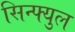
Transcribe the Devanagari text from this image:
सिन्फ्युल